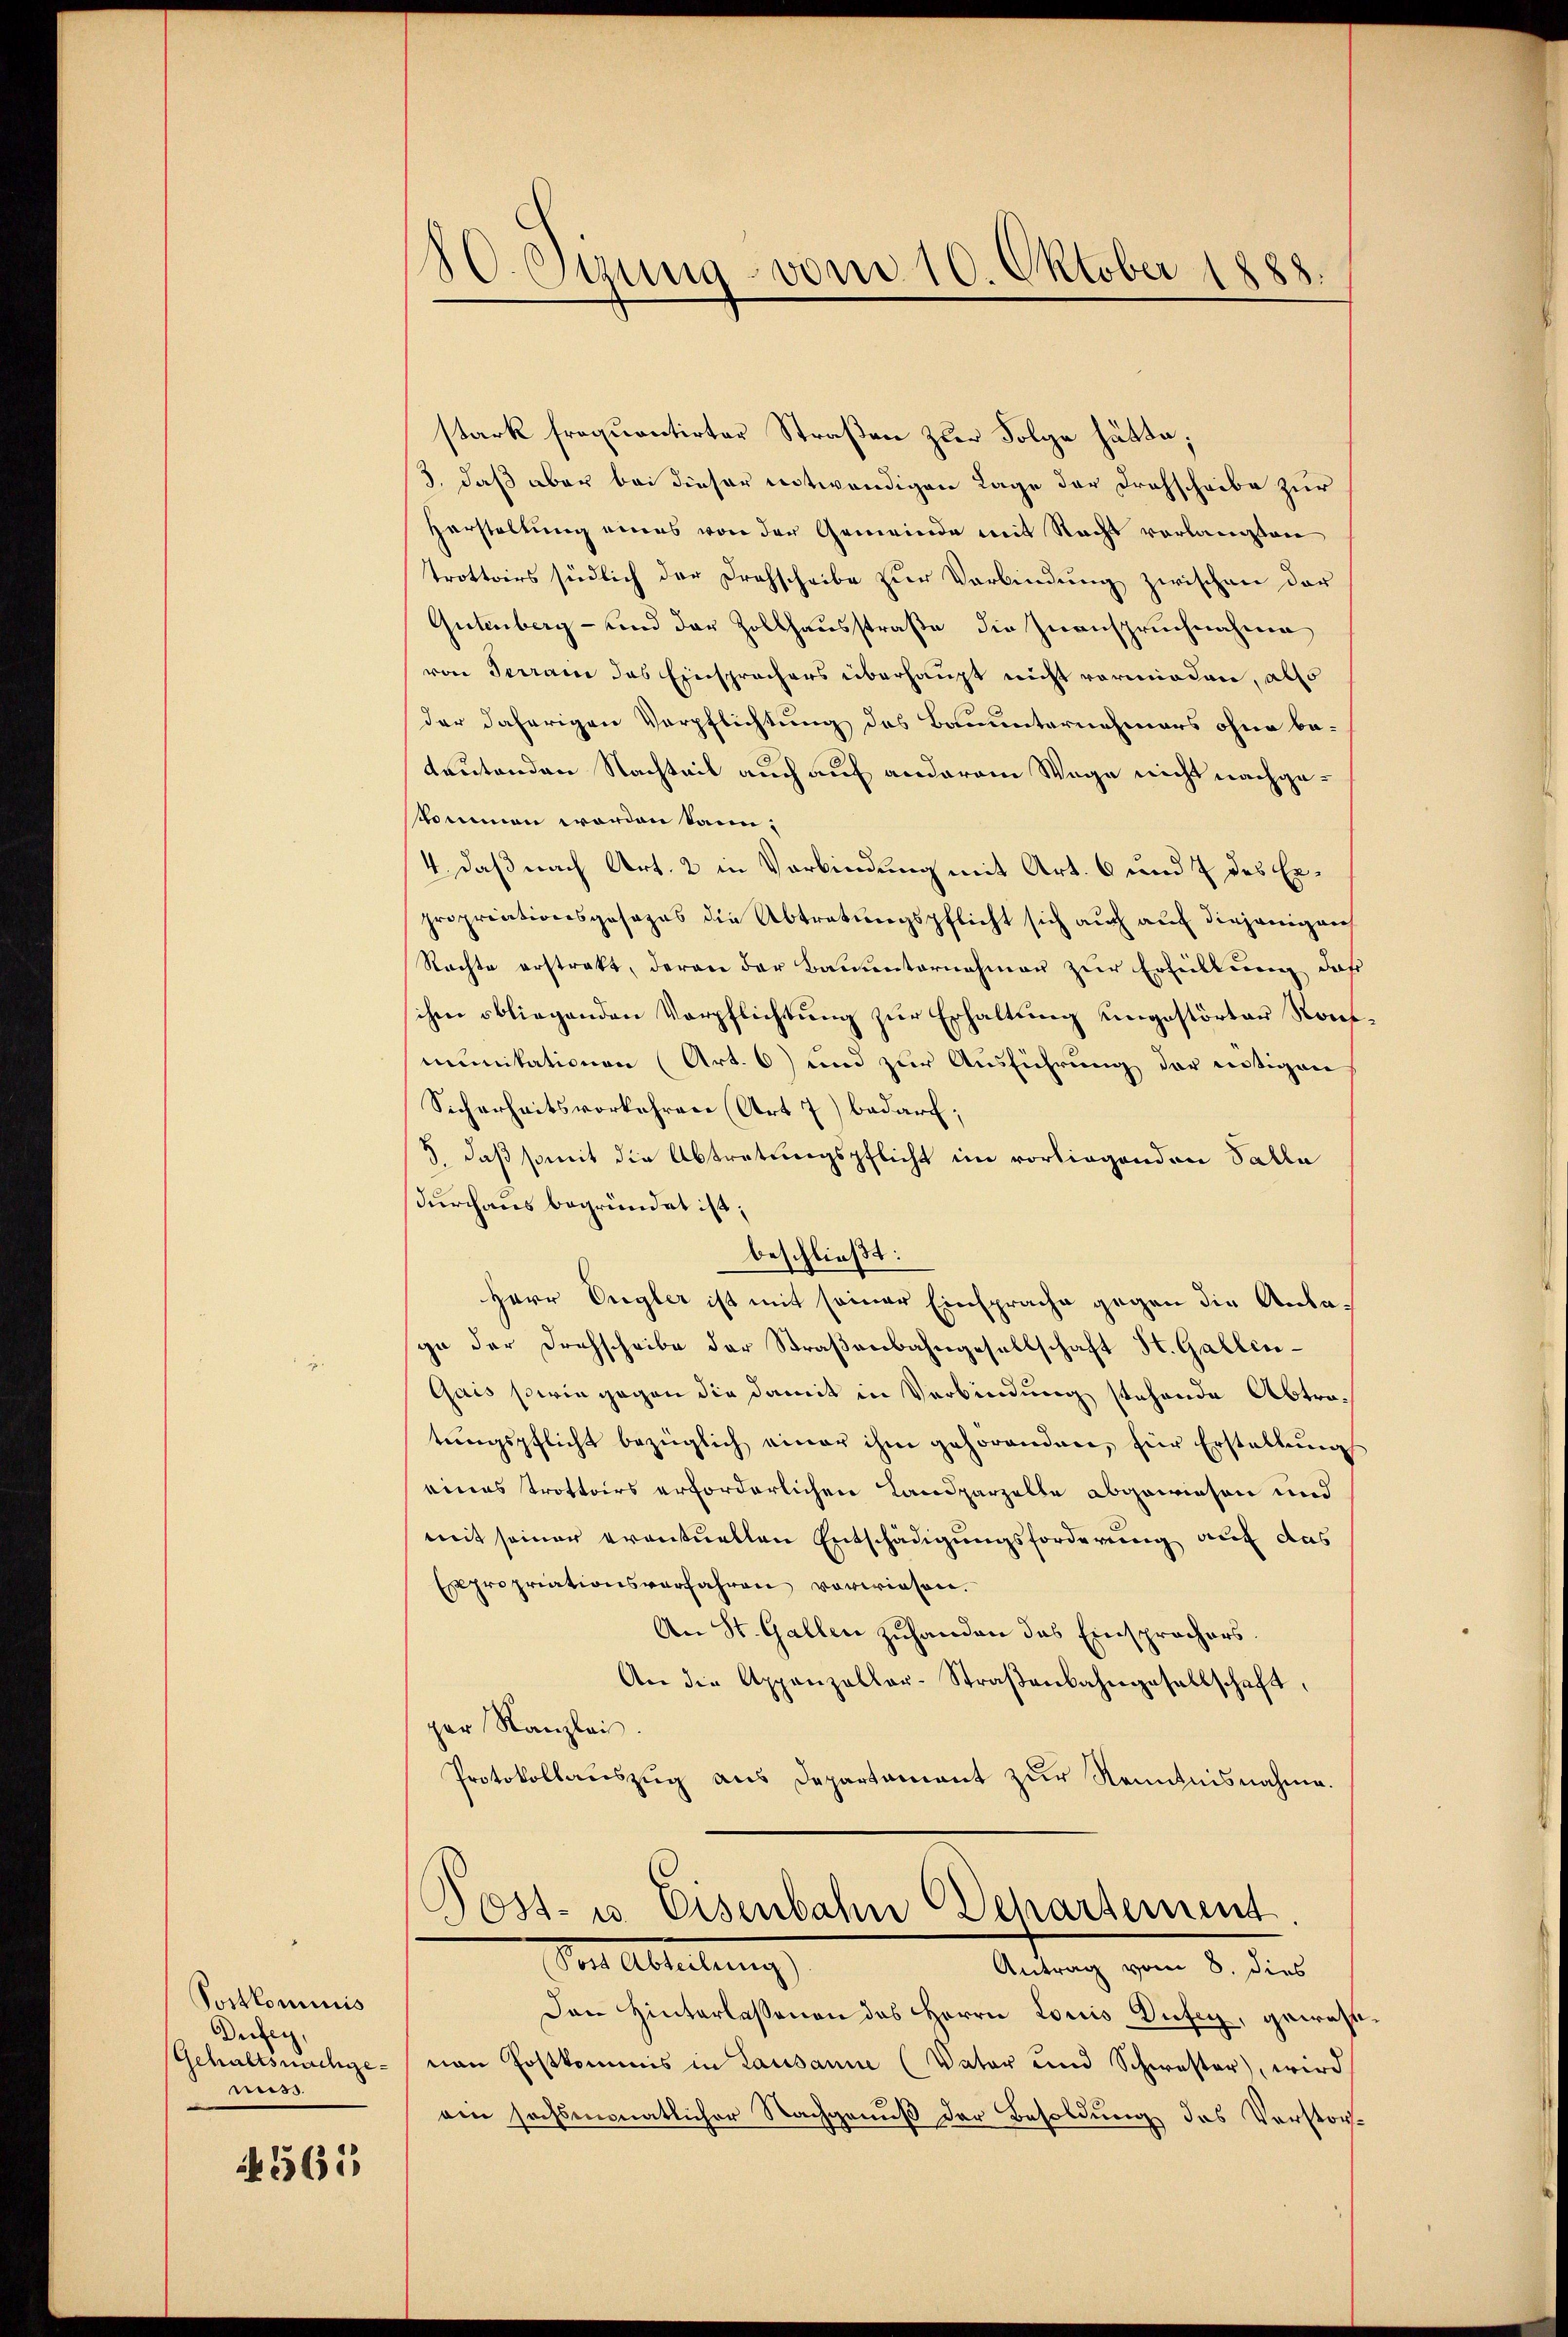
Postlominis
Dufey,
Gehaltsnachgemis.

1561

80. Etung vom 10. Oktober 1888.

stark frequentirter Straßen zur Folge hätte;
3., daß aber bei dieser notwendigen Lage der Drohscheibe zur
Herstaltung eines von der Gemeinde mit Recht verlangten
trottoirs südlich der Drohscheibe zur Verbindung zwischen der
Gutenberg - und der Zollhausstraße die Zuanspruchnahme
von Terran das Einsprachers überhaupt nicht vormieden, also
der daherigen Verpflichtung des Bauunternehmers ohne be-
Leutenden Nachteil auch auf anderem Wege nicht nachgeskommen worden kann.
4., daß nach Art. 2 in Verbindung mit Art. 6 und 7 des Erpropriationsgesezes die Abtretungspflicht sich auch auf diejenigen
Rechte erstrakt, deren der Bauunternahmen zur Erfüllung daß
ihm obliegenden Verpflichtung zur Erhaltung ungestörter Sont
munikationen (Art. 6) und zur Ausführung der nötigen
Sicherheitsvorkehren (Art. 7) bedarf;
3. daß somit die Abtretungspflicht im vorliegenden Talla
durchaus begründet ist;
beschließt:
Herr Ungler ist mit seiner Einsprache gegen die Anlage der Drohscheibe der Straßenbahngesellschaft St. Gallen¬
Gais sowie gegen die damit in Verbindung stehende Abtrotŭngspflicht bezüglich einer ihm gehörenden, für Erstellŭng
eines Trottoirs erforderlichen Landparzelte abgewiesen und
mit seiner eventuellen Entschädigungsforderung auf das
Expropriationsverfahren vorwiesen.
An St. Gallen zuhanden das Einsprachers.
An die Appenzeller-Straßenbahngesellschaft
per Kanzlei.
Protokollauszug aus Departament zur Kenntnisnahme.

Post- u. Eisenbahn Departement
Das Abteilung
Antrag vom 8. dies

Den Hinterlassenen des Herrn Loris Dufig, gewählnen Postkommis in Lausanne (Vater und Schwester, wird
ain sechsmonatlicher Nachgenuß der Besoldung des Verstor¬